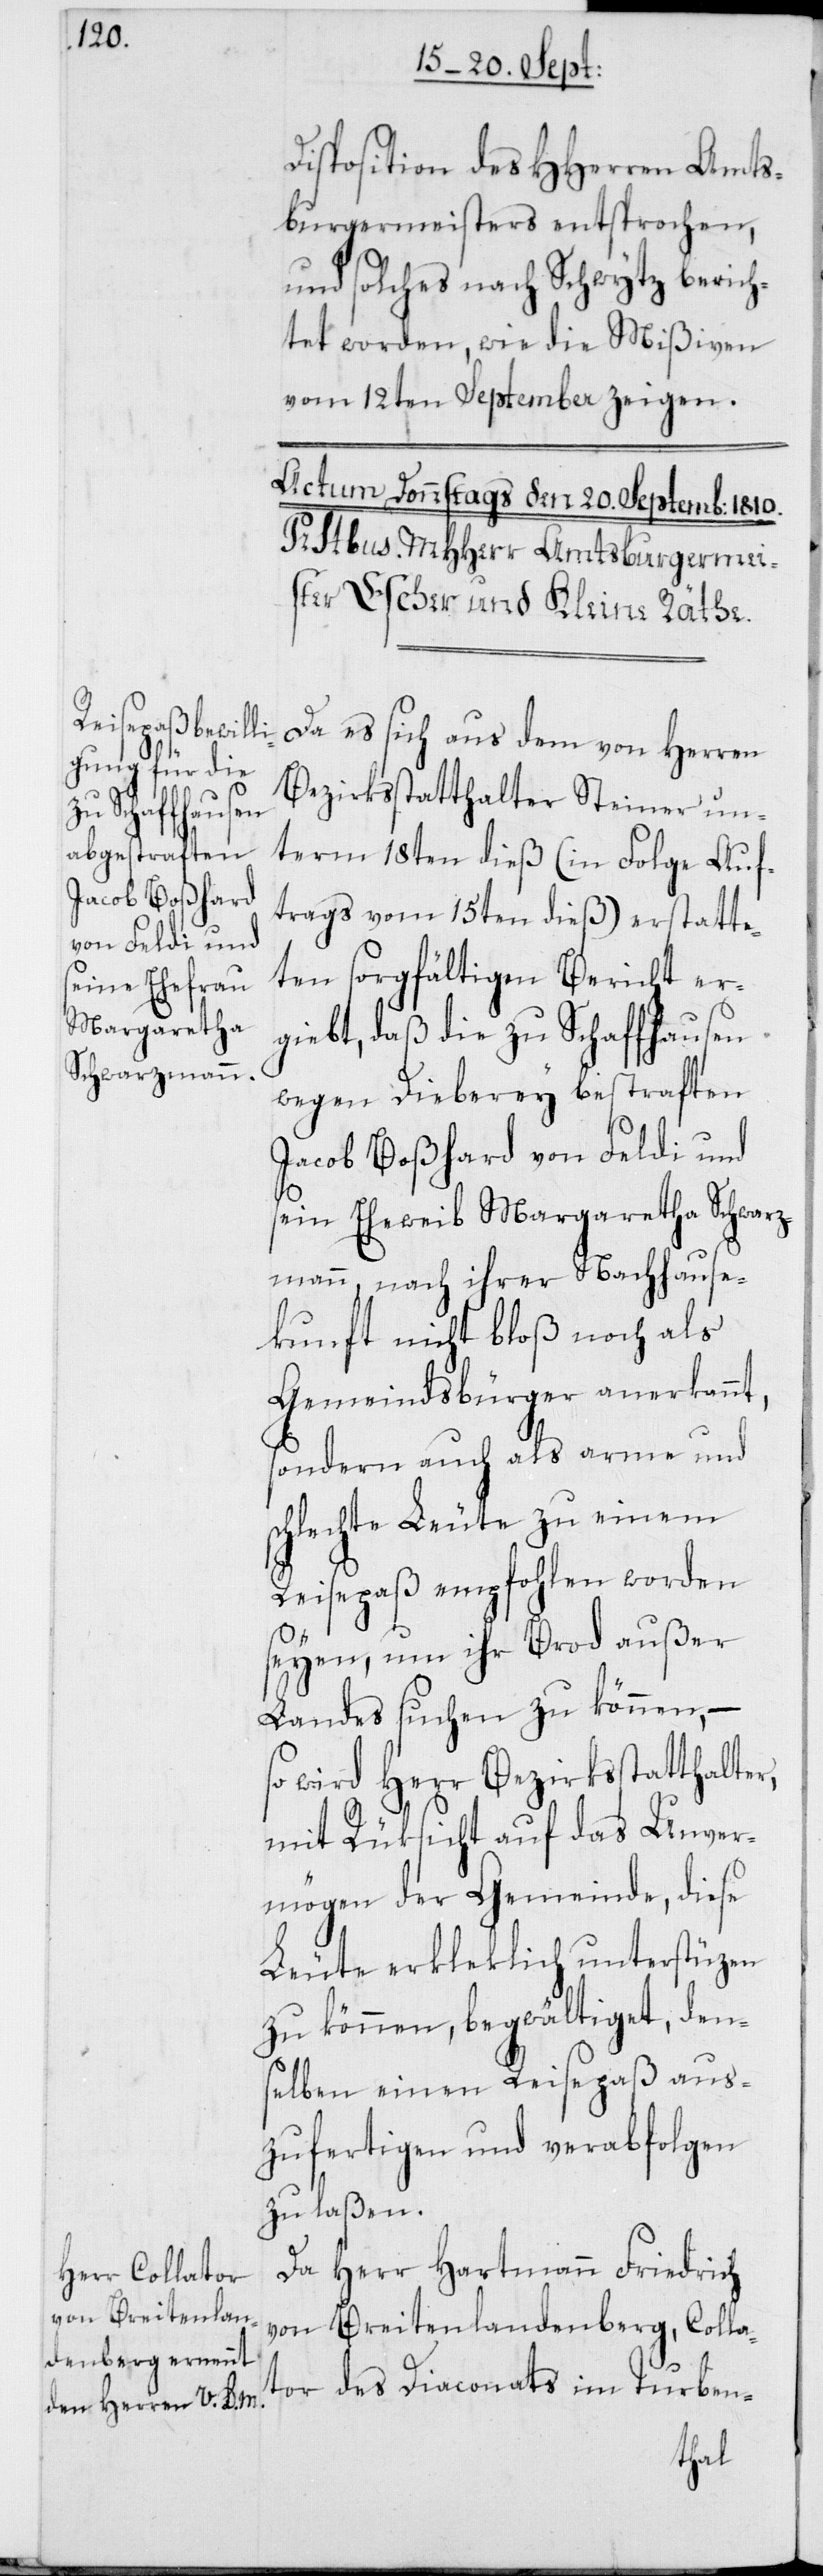
Disposition des HHerren Amts¬
burgermeisters entsprochen,
und solches nach Schwytz berich¬
tet worden, wie die Mißiven
vom 12ten September zeigen.
Da es sich aus dem von Herren
Bezirksstatthalter Steiner un¬
term 18ten dieß (in Folge Auf¬
trags vom 15ten dieß) erstatte¬
ten sorgfältigen Bericht er¬
giebt, daß die zu Schaffhausen
wegen Dieberey bestraften
Jacob Boßhard von Feldi und
sein Eheweib Margaretha Schwarz¬
mann, nach ihrer Nachhause¬
kunft nicht bloß noch als
Gemeindsbürger anerkannt,
sondern auch als arme und
schlechte Leute zu einem
Reisepaß empfohlen worden
seyen, um ihr Brod außer
Landes suchen zu können, –
so wird Herr Bezirksstatthalter
mit Rüksicht auf das Unver¬
mögen der Gemeinde, diese
Leute erkleklich unterstüzen
zu können, begwältiget, den¬
selben einen Reisepaß aus¬
zufertigen und verabfolgen
zu laßen.
Da Herr Hartmann Friedrich
von Breitenlandenberg, Colla¬
tor des Diaconats im Turben-